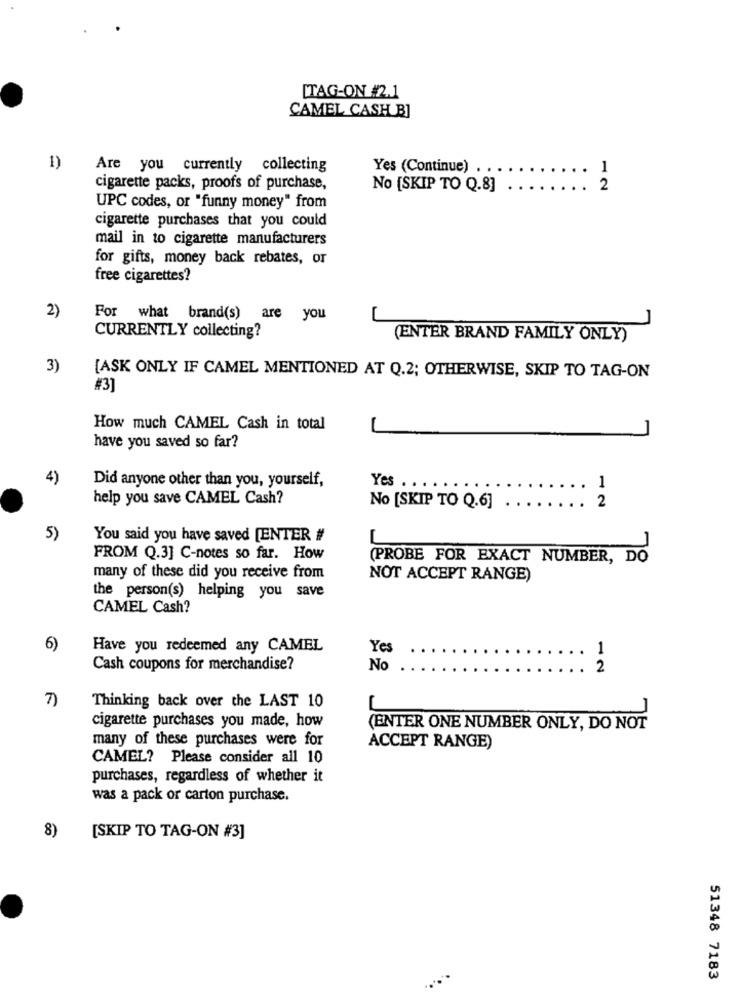
[TAG-ON #2.1
CAMEL CASH B]
1)
Are you currently collecting
Yes (Continue) . .
1
cigarette packs, proofs of purchase,
No [SKIP TO Q.8]
2
UPC codes, or "funny money" from
cigarette purchases that you could
mail in to cigarette manufacturers
for gifts, money back rebates, or
free cigarettes?
2)
For what brand(s) are you
1
CURRENTLY collecting?
(ENTER BRAND FAMILY ONLY)
3)
[ASK ONLY IF CAMEL MENTIONED AT Q.2; OTHERWISE, SKIP TO TAG-ON
#3]
How much CAMEL Cash in total
have you saved so far?
4)
Did anyone other than you, yourself,
Yes . . . . .
1
help you save CAMEL Cash?
2
No [SKIP TO Q.6]
5)
You said you have saved [ENTER #
FROM Q.3] C-notes so far. How
(PROBE FOR EXACT NUMBER, DO
many of these did you receive from
NOT ACCEPT RANGE)
the person(s) helping you save
CAMEL Cash?
6)
Have you redeemed any CAMEL
Yes
1
Cash coupons for merchandise?
No
2
7)
Thinking back over the LAST 10
cigarette purchases you made, how
(ENTER ONE NUMBER ONLY, DO NOT
many of these purchases were for
ACCEPT RANGE)
CAMEL? Please consider all 10
purchases, regardless of whether it
was a pack or carton purchase.
8)
[SKIP TO TAG-ON #3]
51348 7183